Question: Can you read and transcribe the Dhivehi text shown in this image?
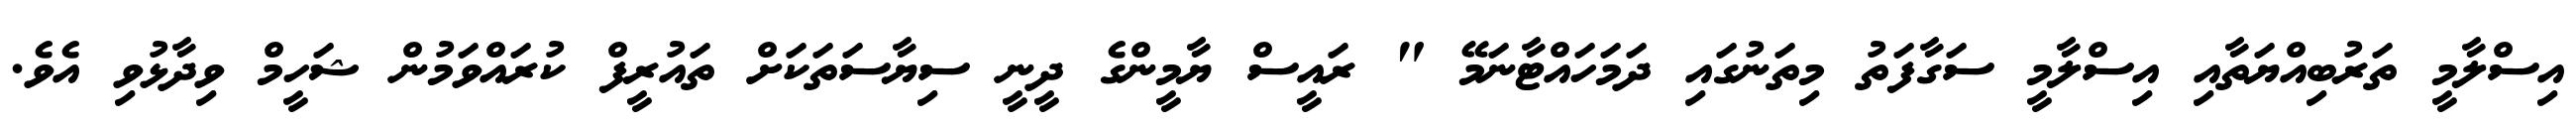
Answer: އިސްލާމީ ތަރުބިއްޔަތާއި އިސްލާމީ ސަގާފަތު މިތަނުގައި ދަމަހައްޓާނަމޭ " ރައީސް ޔާމީންގެ ދީނީ ސިޔާސަތަކަށް ތައުރީފް ކުރައްވަމުން ޝަހީމް ވިދާޅުވި އެވެ.